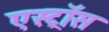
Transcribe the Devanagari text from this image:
एस्ट्रॉस